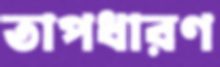
তাপধারণ